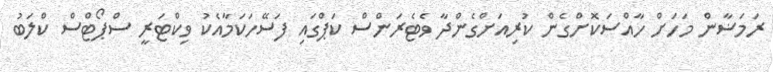
ރަމަޟާން މަހަށް ހާއްސަކޮށްގެން ކުރިއަށްގެންދާ ވެޓެރަންސް ކަޕްގައި ފަސޭހަކަމާއެކު ވިކްޓަރީ ސްޕޯޓްސް ކްލަބު